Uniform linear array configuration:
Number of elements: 64
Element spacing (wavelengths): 0.25
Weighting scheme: binomial
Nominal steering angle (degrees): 15
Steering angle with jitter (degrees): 15.464
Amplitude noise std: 0.05
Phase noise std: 0.05

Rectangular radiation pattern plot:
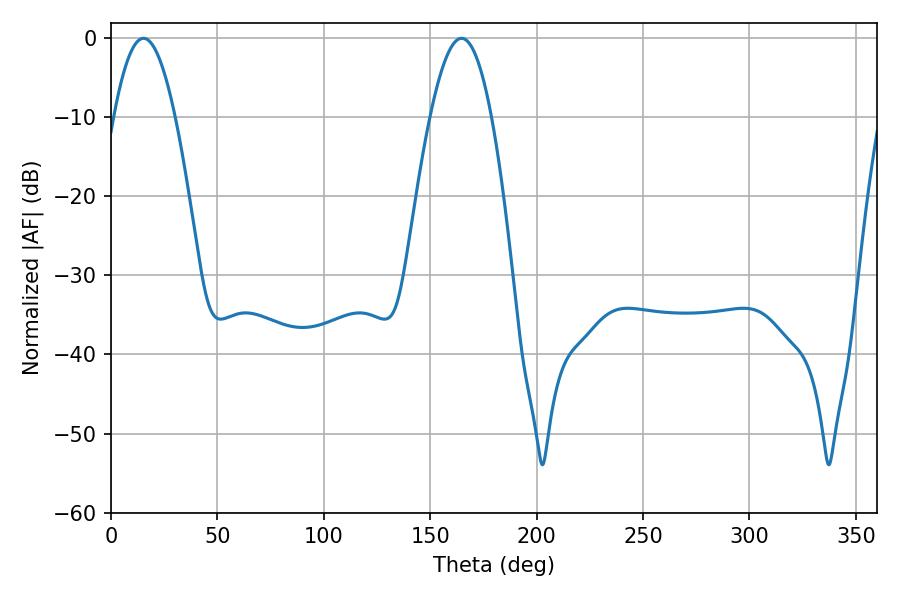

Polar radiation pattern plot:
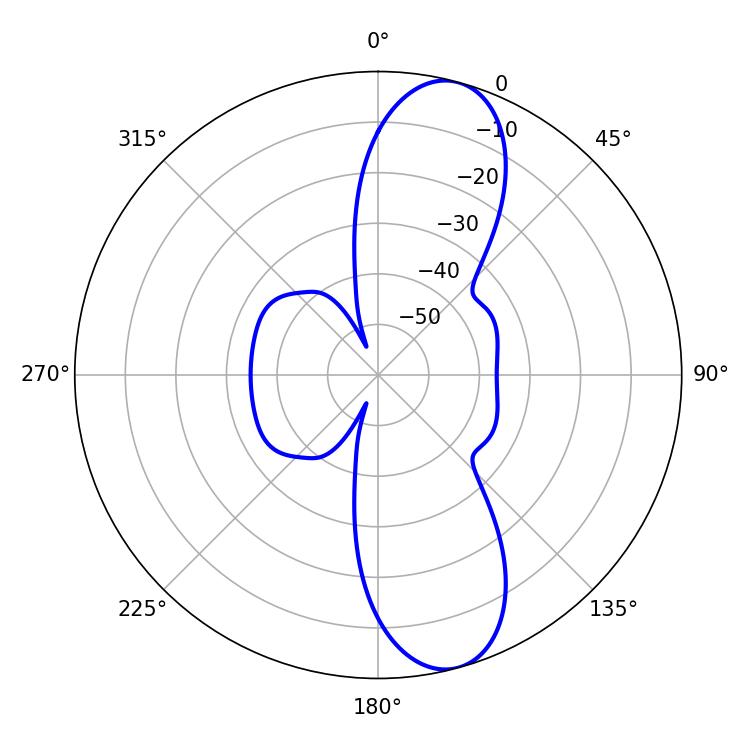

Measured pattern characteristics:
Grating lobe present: FALSE
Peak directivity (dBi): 11.053
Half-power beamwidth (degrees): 15.66
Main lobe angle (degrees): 15.3